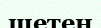
шетен